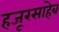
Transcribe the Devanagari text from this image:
हजूरसाहेब